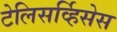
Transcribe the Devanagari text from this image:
टेलिसर्व्हिसेस